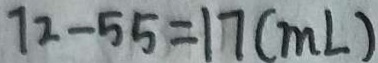
7 2 - 5 5 = 1 7 ( m L )